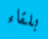
بلقاء